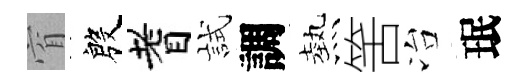
窅殷耆試調熱筈冶珉